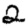
Digit: 2